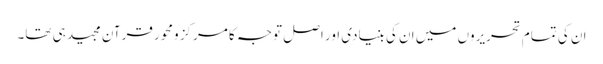
ان کی تمام تحریروں میں ان کی بنیادی اور اصل توجہ کا مرکز ومحور قرآن مجید ہی تھا۔